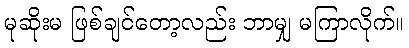
မုဆိုးမ ဖြစ်ချင်တော့လည်း ဘာမျှ မကြာလိုက်။